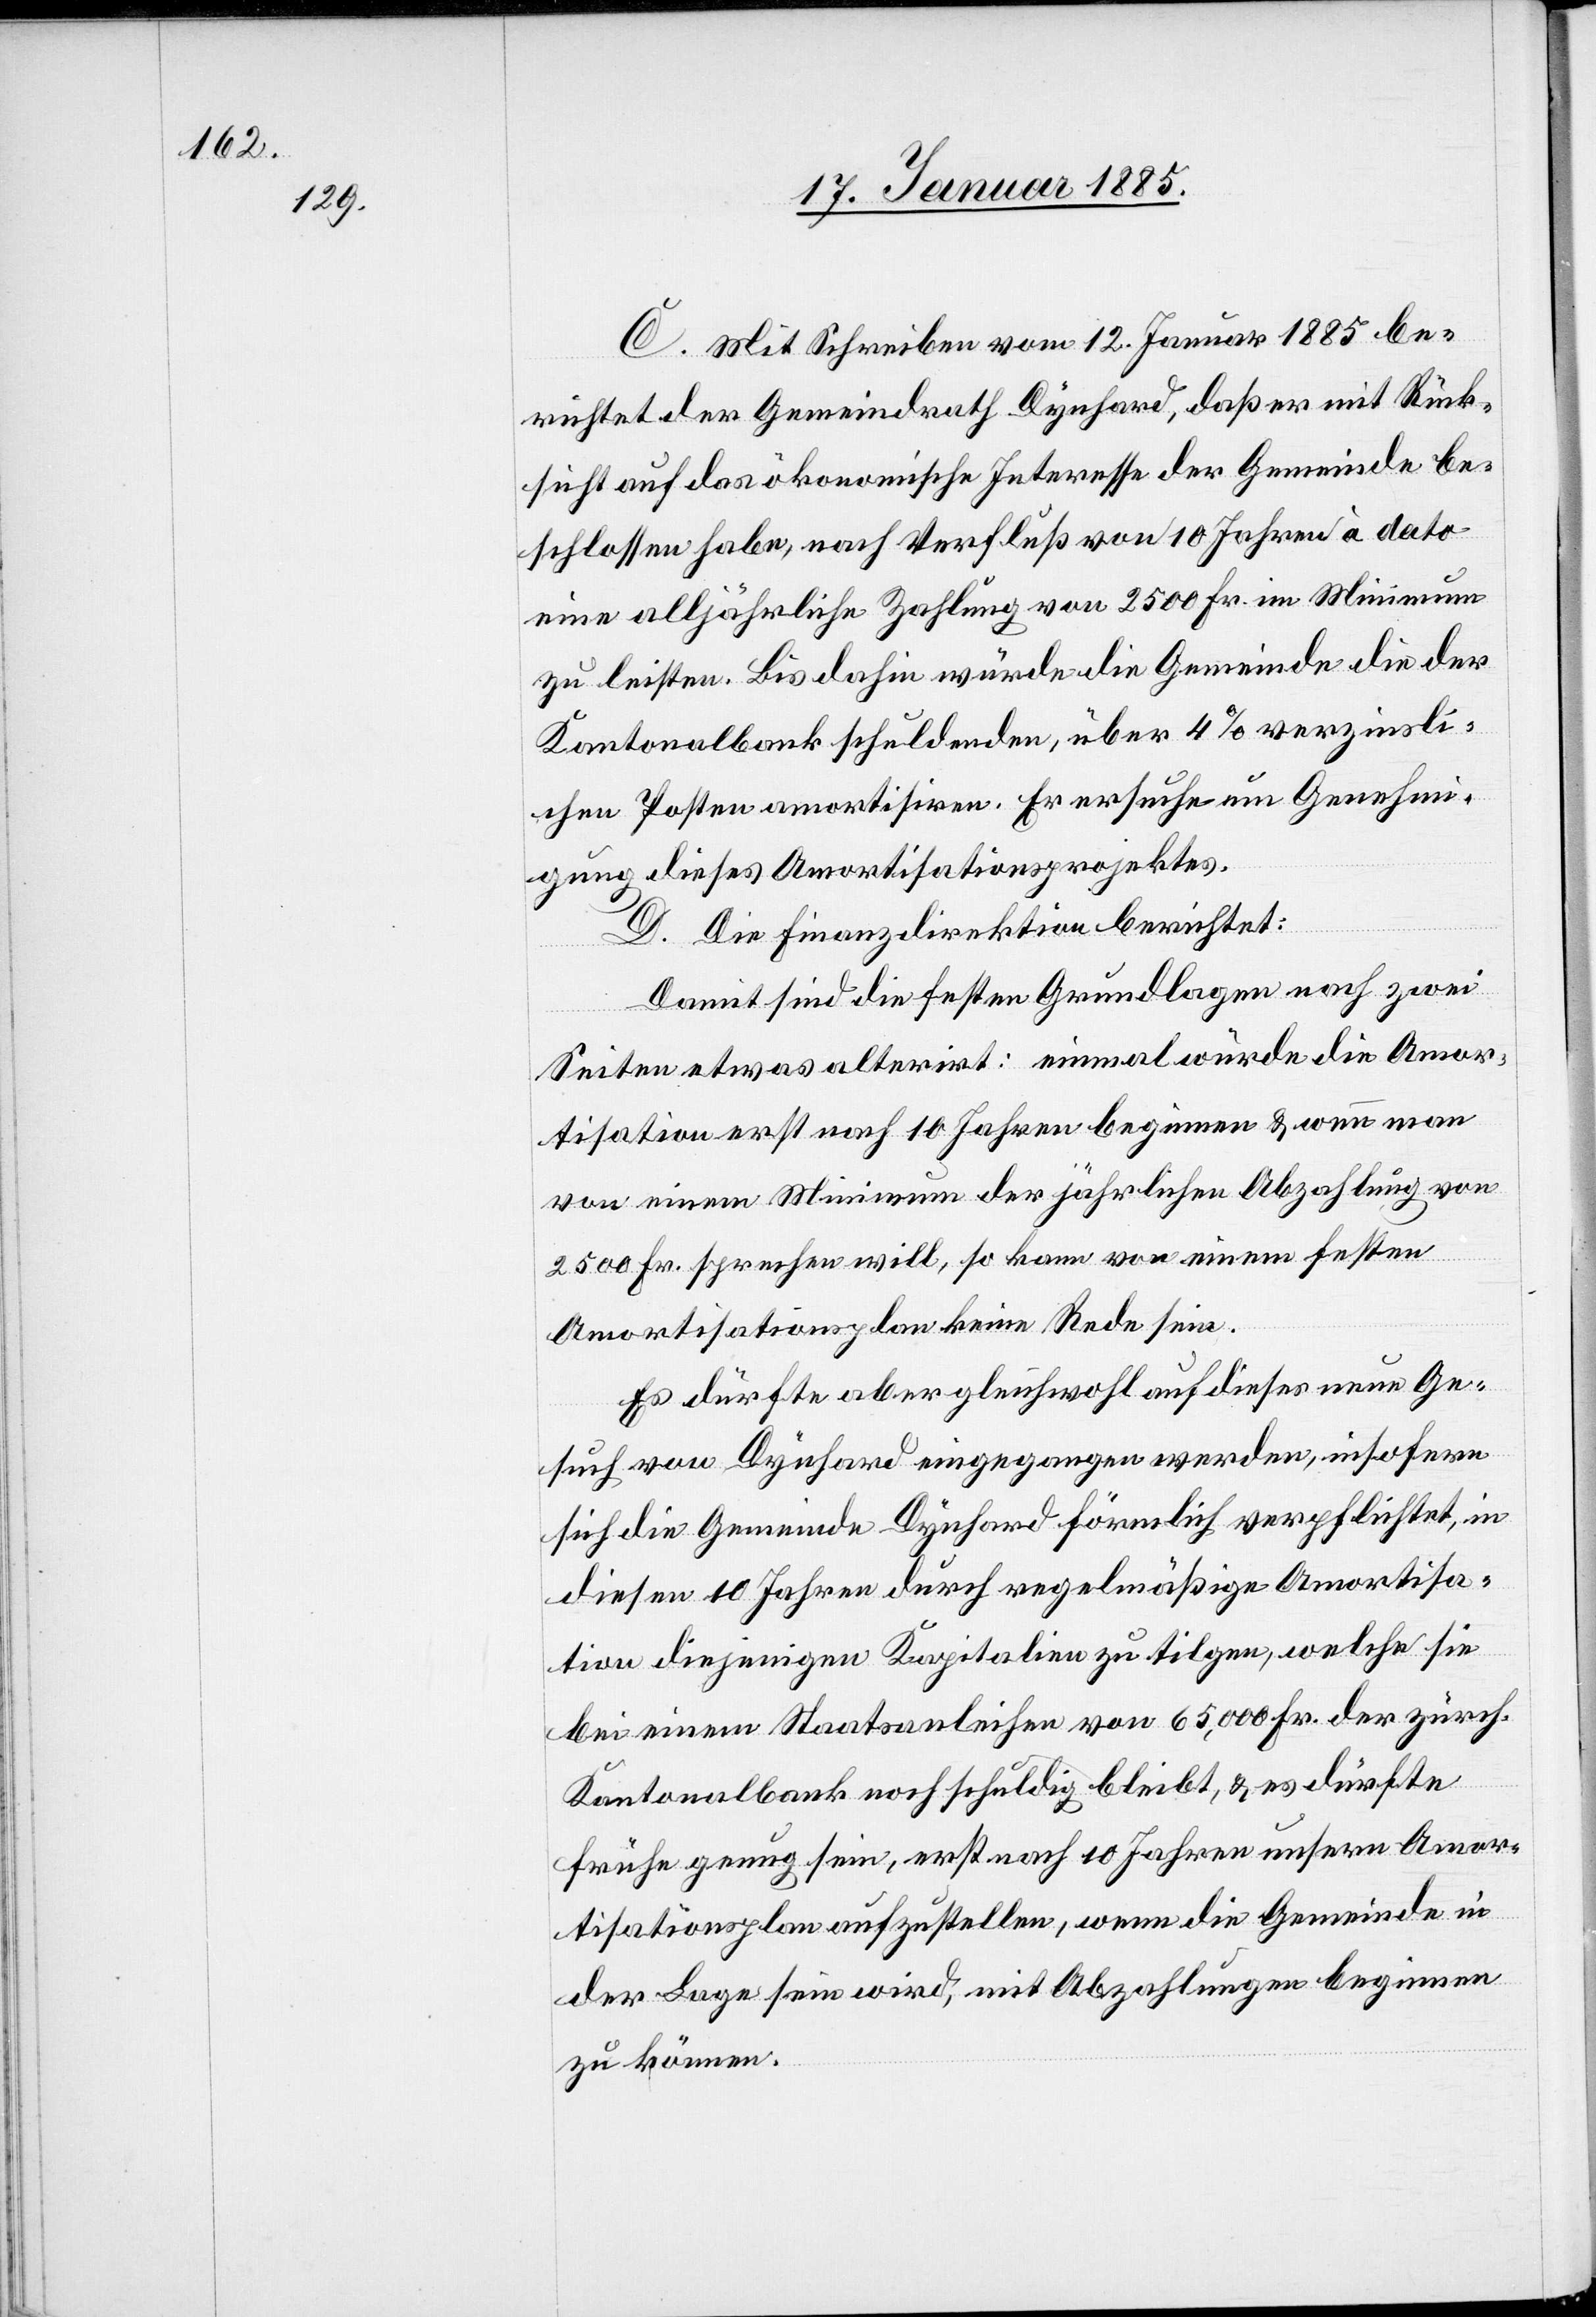
C. Mit Schreiben vom 12. Januar 1885 be¬
richtet der Gemeindrath Dynhard, daß er mit Rück¬
sicht auf das ökonomische Interesse der Gemeinde be¬
schlossen habe, nach Verfluß von 10 Jahren à dato
eine alljährliche Zahlung von 2500 Fr. im Minimum
zu leisten. Bis dahin würde die Gemeinde die der
Kantonalbank schuldenden, über 4% verzinsli¬
chen Posten amortisiren. Er ersuche um Genehmi¬
gung dieses Amortisationsprojektes.
D. Die Finanzdirektion berichtet:
Damit sind die festen Grundlagen nach zwei
Seiten etwas alterirt: einmal würde die Amor¬
tisation erst nach 10 Jahren beginnen & wenn man
von einem Minimum der jährlichen Abzahlung von
2500 Fr. sprechen will, so kann von einem festen
Amortisationsplan keine Rede sein.
Es dürfte aber gleichwohl auf dieses neue Ge¬
such von Dynhard eingegangen werden, insofern
sich die Gemeinde Dynhard förmlich verpflichtet, in
diesen 10 Jahren durch regelmäßige Amortisa¬
tion diejenigen Kapitalien zu tilgen, welche sie
bei einem Staatsanleihen von 65,000 Fr. der zürch.
Kantonalbank noch schuldig bleibt, & es dürfte
frühe genug sein, erst nach 10 Jahren unsern Amor¬
tisationsplan aufzustellen, wenn die Gemeinde in
der Lage sein wird, mit Abzahlungen beginnen
zu können.